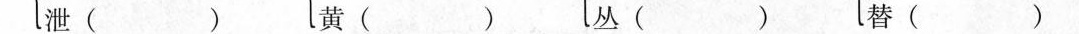
泄（ ）黄（ ） 丛（ ）替（ ）